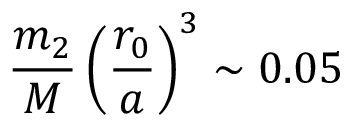
\frac { m _ { 2 } } { M } \left( \frac { r _ { 0 } } { a } \right) ^ { 3 } \sim 0 . 0 5